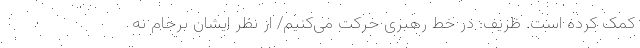
کمک کرده است. ظریف: در خط رهبری حرکت می‌کنیم/ از نظر ایشان برجام نه